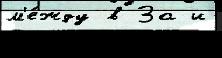
м'е́жду в За и